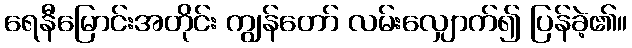
ရေနီမြောင်းအတိုင်း ကျွန်တော် လမ်းလျှောက်၍ ပြန်ခဲ့၏။